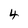
Character: 4